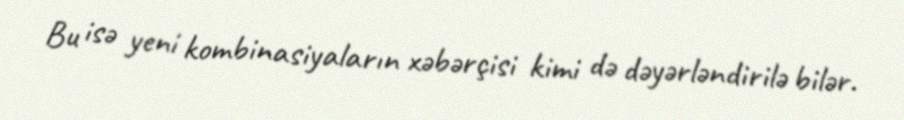
Bu isə yeni kombinasiyaların xəbərçisi kimi də dəyərləndirilə bilər.